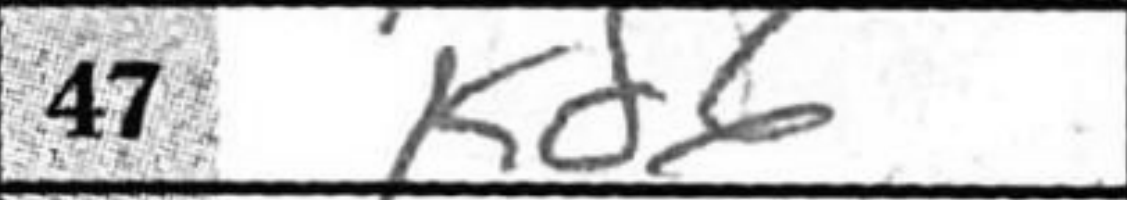
Transcription: Kd6